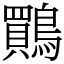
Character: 鷶